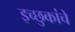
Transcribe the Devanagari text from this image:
इच्छुकांचे